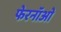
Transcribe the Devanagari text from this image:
फेरनॉओं